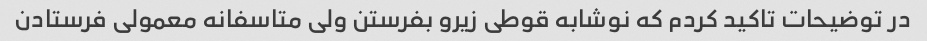
در توضیحات تاکید کردم که نوشابه قوطی زیرو بفرستن ولی متاسفانه معمولی فرستادن